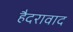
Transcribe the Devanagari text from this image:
हैदरावाद